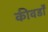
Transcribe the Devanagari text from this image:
कीवर्डों